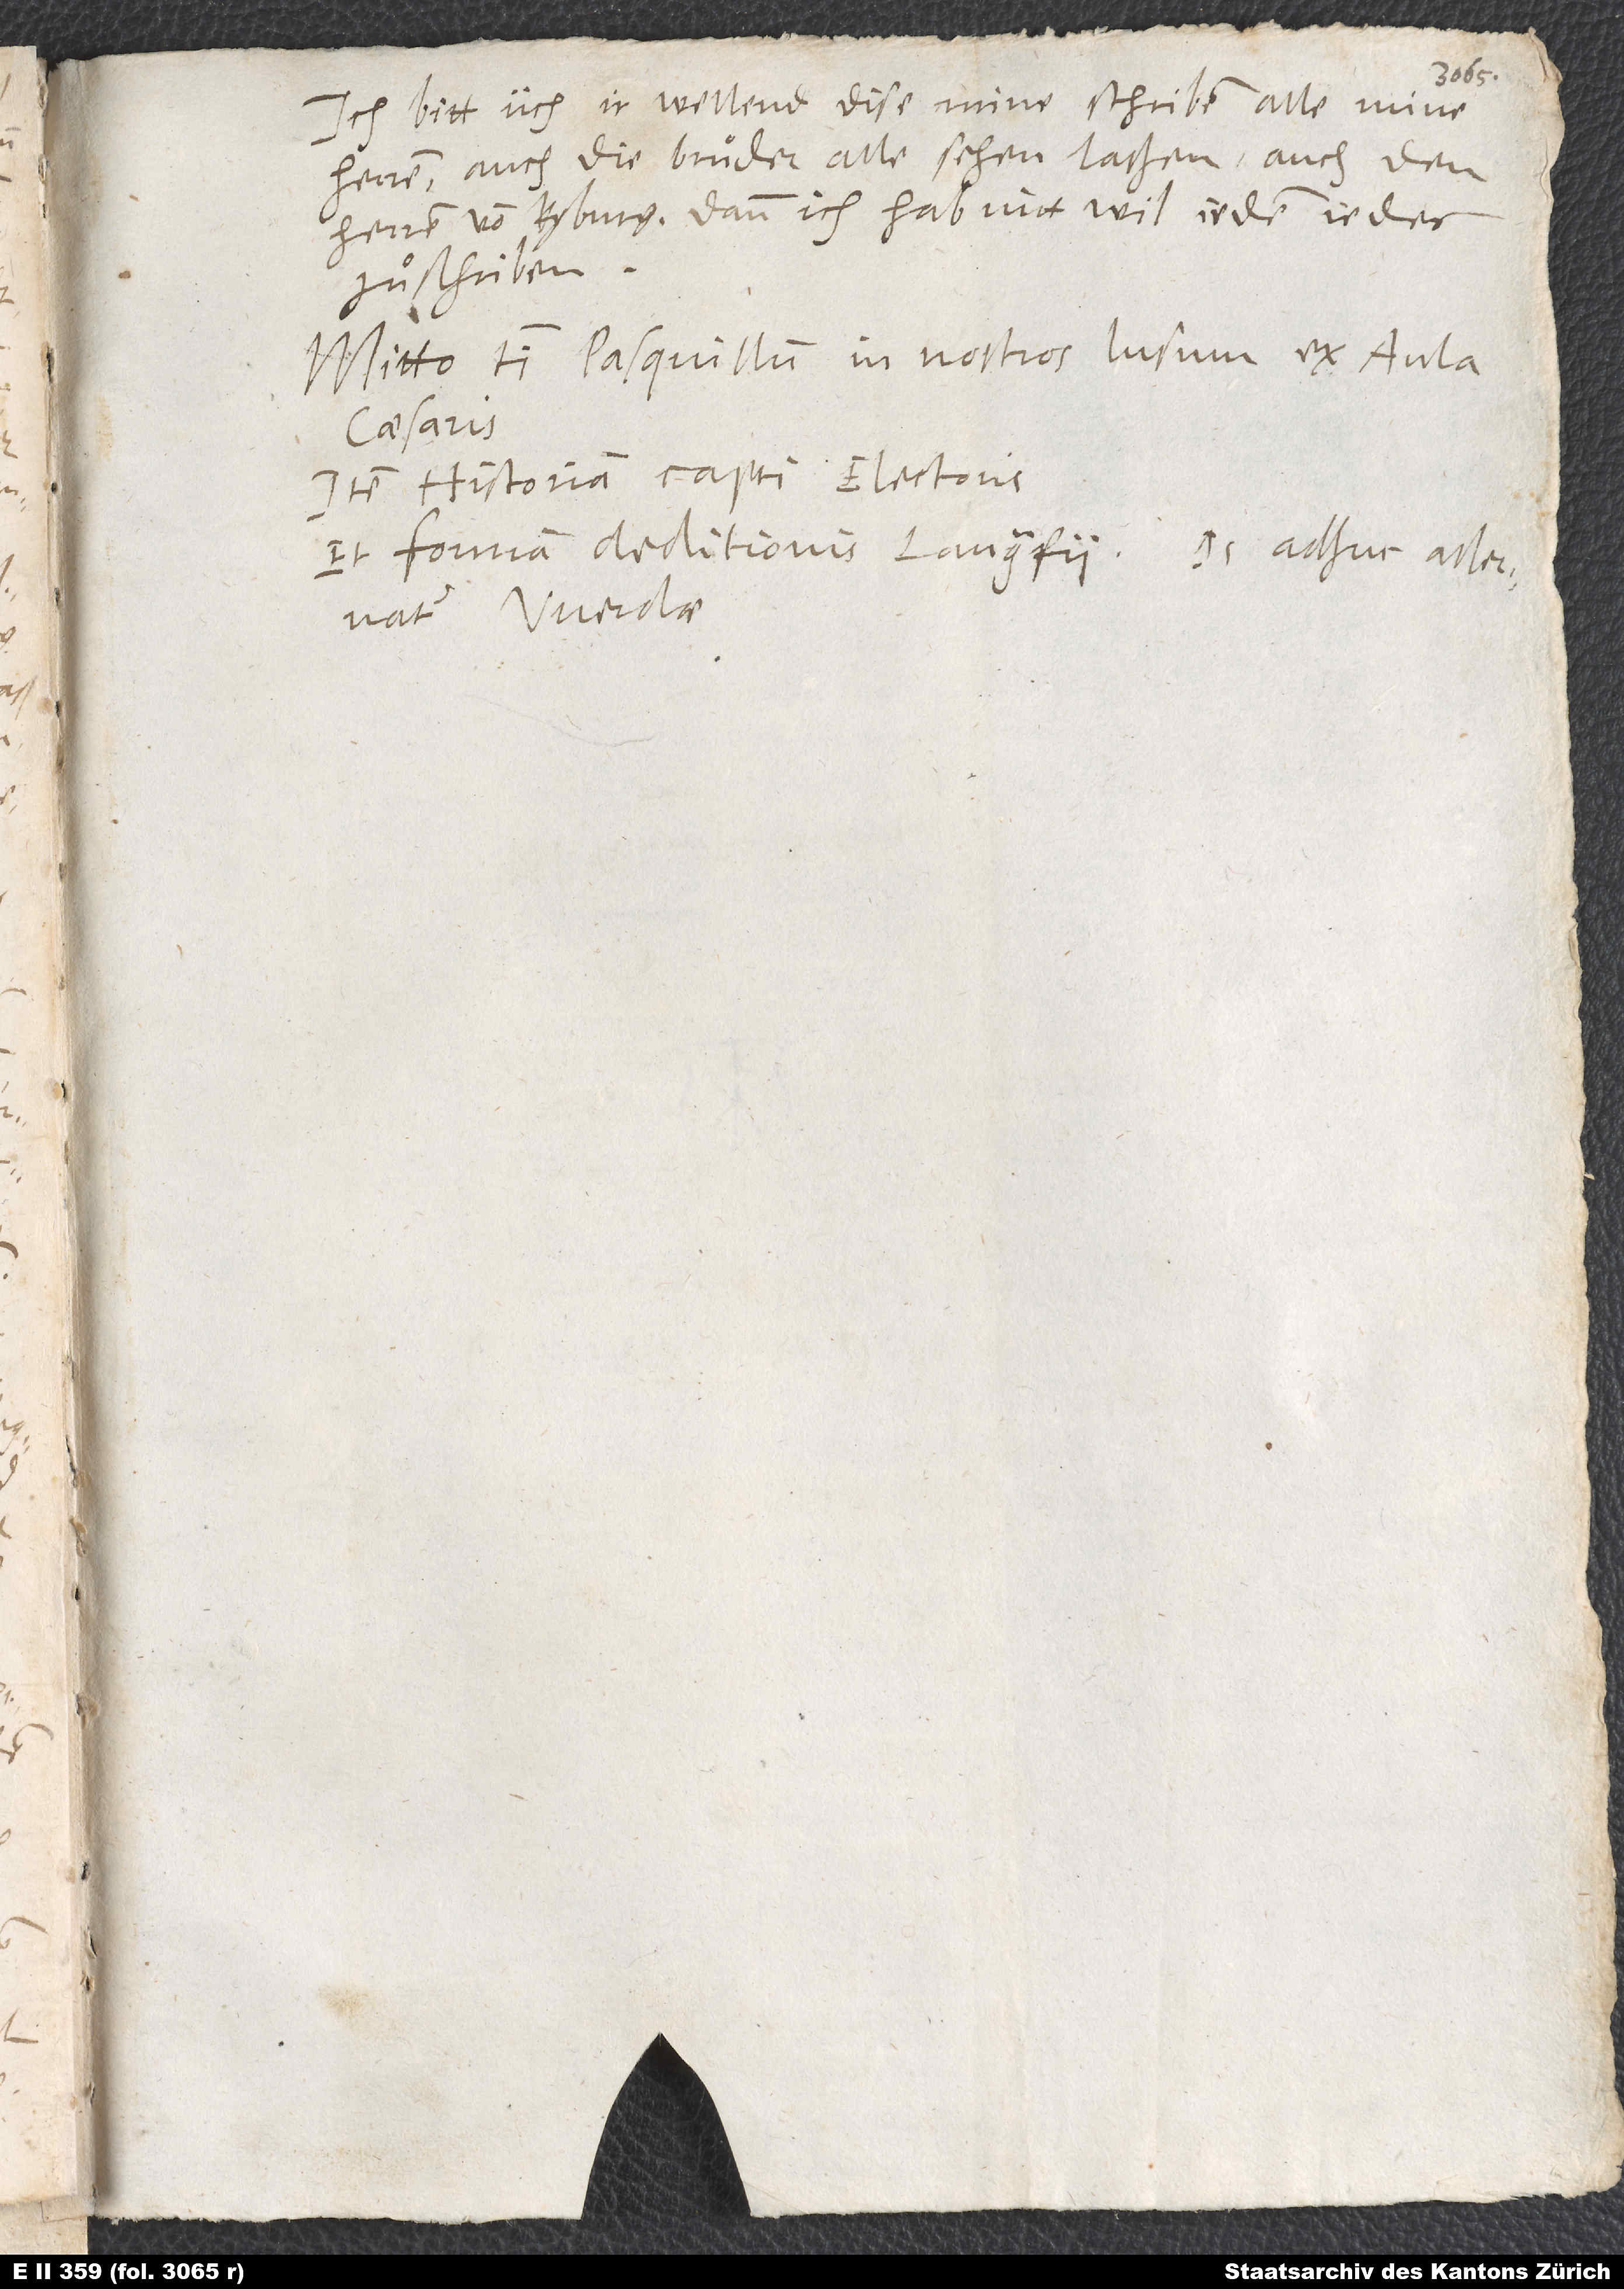
S.

Ich bitt üch, ir wellend dise mine schriben alle mine
herren, auch die bruͤder alle sehen laßen, auch den
herren von Kyburg, dann ich hab nitt wil, iedem iedes
zuͦ schriben.
Mitto tibi pasquillum in nostros lusum ex aula
Item historiam capti electoris.
Et formam deditionis Langrafii. Is adhuc asservatur
Werdae.